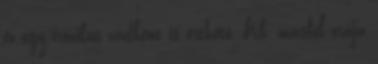
ez egy irónikus vádként is érthető. Kb. másfél órája